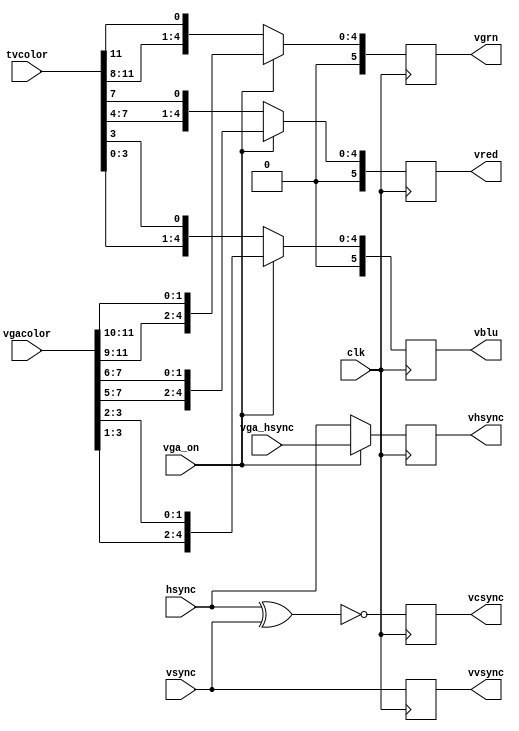
module video_outmux(

	input  wire        clk,

	input  wire        vga_on,

	input  wire [11:0] tvcolor,
	input  wire [11:0] vgacolor,

	input  wire        vga_hsync,
	input  wire        hsync,
	input  wire        vsync,

	output reg  [ 5:0] vred,
	output reg  [ 5:0] vgrn,
	output reg  [ 5:0] vblu,

	output reg         vhsync,
	output reg         vvsync,
	output reg         vcsync
);


	always @(posedge clk)
	begin
		vgrn <= vga_on ? {vgacolor[11:9], vgacolor[11:10]} : {tvcolor[11:8], tvcolor[11]};
		vred <= vga_on ? {vgacolor[ 7:5], vgacolor[ 7: 6]} : {tvcolor[ 7:4], tvcolor[ 7]};
		vblu <= vga_on ? {vgacolor[ 3:1], vgacolor[ 3: 2]} : {tvcolor[ 3:0], tvcolor[ 3]};

		vhsync <= vga_on ? vga_hsync : hsync;
		vvsync <= vsync;

		vcsync <= ~(hsync ^ vsync);
	end



endmodule